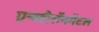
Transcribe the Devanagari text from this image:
एन्व्हीरॉनमेंटल